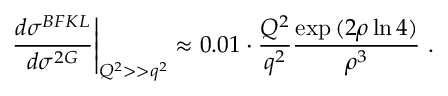
\left. { \frac { d \sigma ^ { B F K L } } { d \sigma ^ { 2 G } } } \right| _ { Q ^ { 2 } > > q ^ { 2 } } \approx 0 . 0 1 \cdot { \frac { Q ^ { 2 } } { q ^ { 2 } } } { \frac { \exp { ( 2 \rho \ln { 4 } ) } } { \rho ^ { 3 } } } \ .